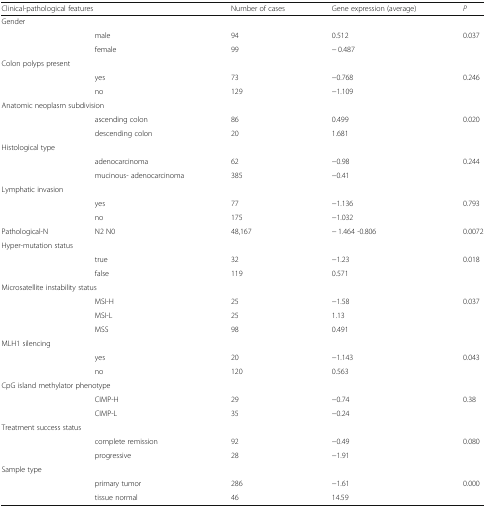
<table><thead><tr><td colspan="2"><b>Clinical-pathological features</b></td><td><b>Number of cases</b></td><td><b>Gene expression (average)</b></td><td><b><i>P</i></b></td></tr></thead><tbody><tr><td colspan="5">Gender</td></tr><tr><td></td><td>male</td><td>94</td><td>0.512</td><td>0.037</td></tr><tr><td></td><td>female</td><td>99</td><td>− 0.487</td><td></td></tr><tr><td colspan="5">Colon polyps present</td></tr><tr><td></td><td>yes</td><td>73</td><td>−0.768</td><td>0.246</td></tr><tr><td></td><td>no</td><td>129</td><td>−1.109</td><td></td></tr><tr><td colspan="5">Anatomic neoplasm subdivision</td></tr><tr><td></td><td>ascending colon</td><td>86</td><td>0.499</td><td>0.020</td></tr><tr><td></td><td>descending colon</td><td>20</td><td>1.681</td><td></td></tr><tr><td colspan="5">Histological type</td></tr><tr><td></td><td>adenocarcinoma</td><td>62</td><td>−0.98</td><td>0.244</td></tr><tr><td></td><td>mucinous- adenocarcinoma</td><td>385</td><td>−0.41</td><td></td></tr><tr><td colspan="5">Lymphatic invasion</td></tr><tr><td></td><td>yes</td><td>77</td><td>−1.136</td><td>0.793</td></tr><tr><td></td><td>no</td><td>175</td><td>−1.032</td><td></td></tr><tr><td>Pathological-N</td><td>N2 N0</td><td>48,167</td><td>− 1.464 -0.806</td><td>0.0072</td></tr><tr><td colspan="5">Hyper-mutation status</td></tr><tr><td></td><td>true</td><td>32</td><td>−1.23</td><td>0.018</td></tr><tr><td></td><td>false</td><td>119</td><td>0.571</td><td></td></tr><tr><td colspan="5">Microsatellite instability status</td></tr><tr><td></td><td>MSI-H</td><td>25</td><td>−1.58</td><td>0.037</td></tr><tr><td></td><td>MSI-L</td><td>25</td><td>1.13</td><td></td></tr><tr><td></td><td>MSS</td><td>98</td><td>0.491</td><td></td></tr><tr><td colspan="5">MLH1 silencing</td></tr><tr><td></td><td>yes</td><td>20</td><td>−1.143</td><td>0.043</td></tr><tr><td></td><td>no</td><td>120</td><td>0.563</td><td></td></tr><tr><td colspan="5">CpG island methylator phenotype</td></tr><tr><td></td><td>CIMP-H</td><td>29</td><td>−0.74</td><td>0.38</td></tr><tr><td></td><td>CIMP-L</td><td>35</td><td>−0.24</td><td></td></tr><tr><td colspan="5">Treatment success status</td></tr><tr><td></td><td>complete remission</td><td>92</td><td>−0.49</td><td>0.080</td></tr><tr><td></td><td>progressive</td><td>28</td><td>−1.91</td><td></td></tr><tr><td colspan="5">Sample type</td></tr><tr><td></td><td>primary tumor</td><td>286</td><td>−1.61</td><td>0.000</td></tr><tr><td></td><td>tissue normal</td><td>46</td><td>14.59</td><td></td></tr></tbody></table>